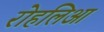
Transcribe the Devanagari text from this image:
रोहलिआ